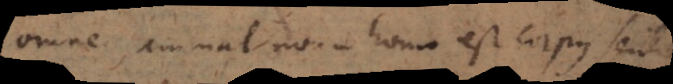
Omne animal non-homo est corpus sentiens